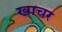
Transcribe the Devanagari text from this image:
खाचर